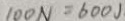
1 0 0 N = 6 0 0 J